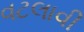
વટલાવી